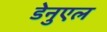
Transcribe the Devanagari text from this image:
डेनुएल